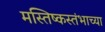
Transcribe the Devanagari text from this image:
मस्तिष्कस्तंभाच्या